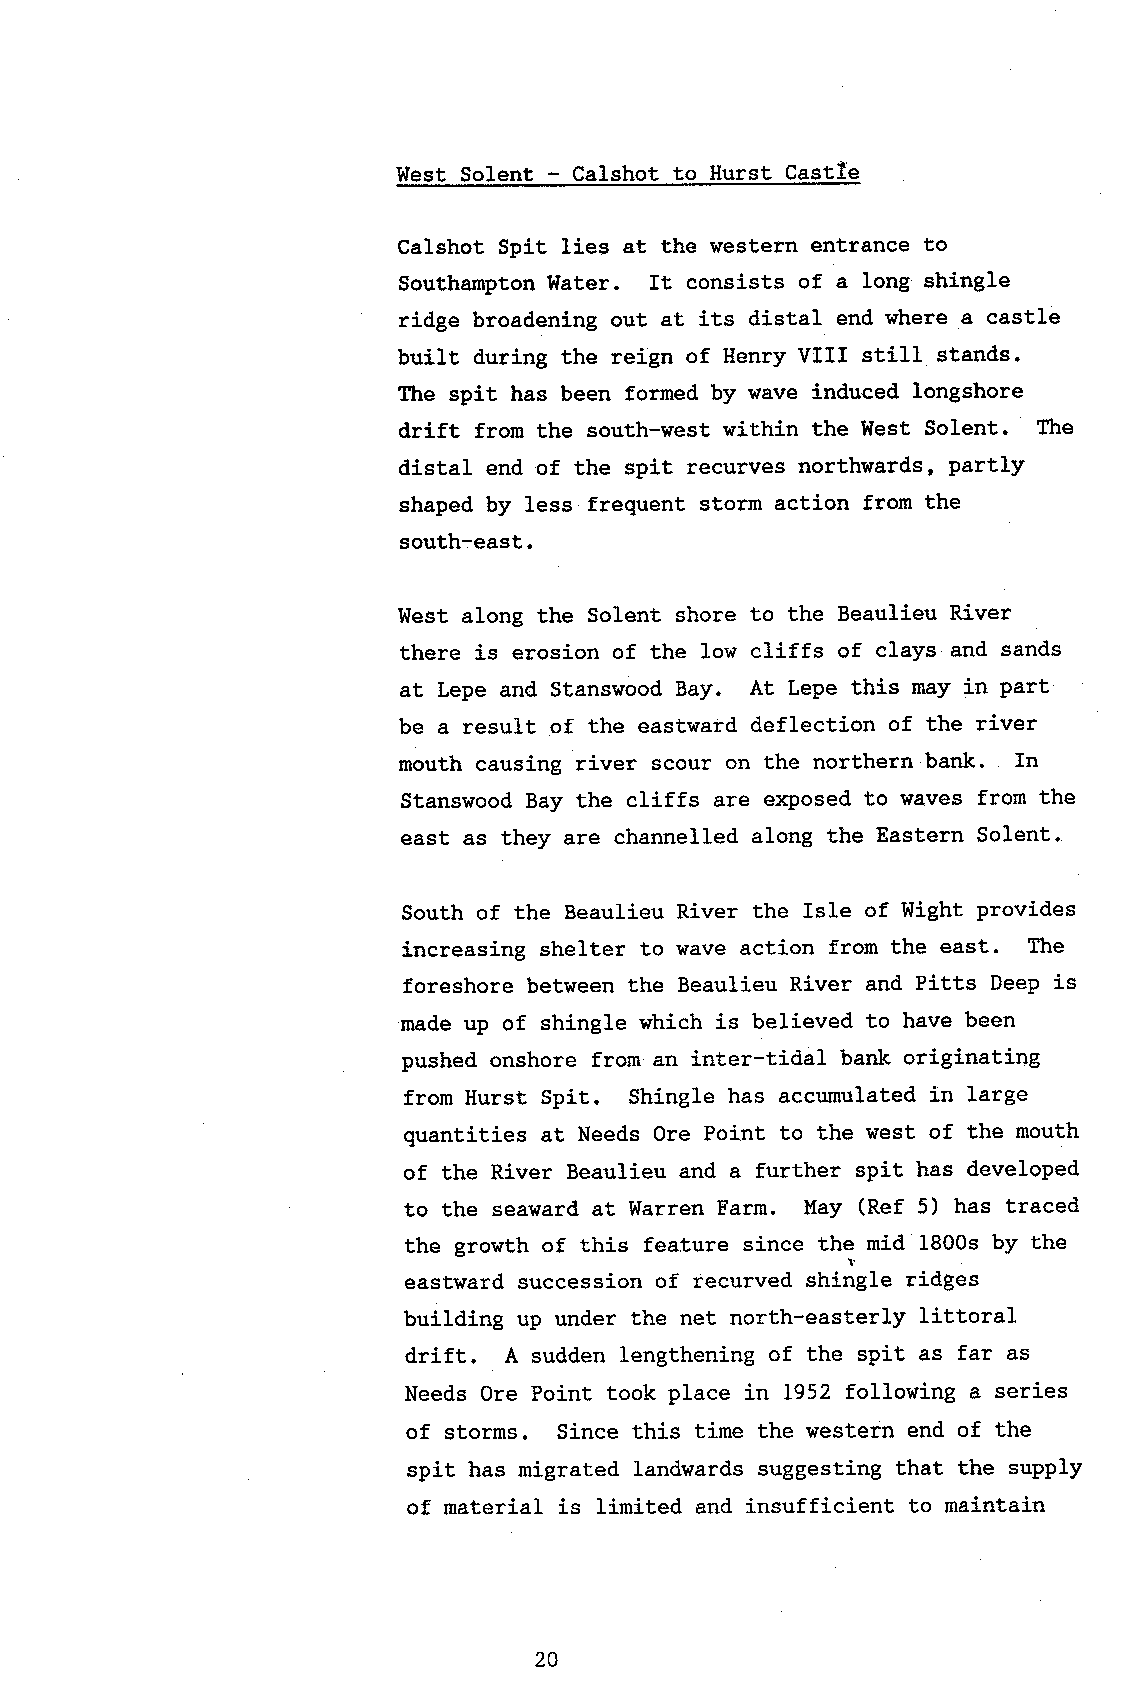
West So1ent - Calshot to Hurst Castfe
 Calshot Spit J.ies at the western entrance to
 Southampton llater. It consists of a long shingle
 ridge broadening out at its distal end where a castle
 built during the reign of Henry VIII still stands.
 Ttre spit has been formed by wave induced longshore
 drift from the south-west within the West Solent. Ttre
 distal end of the spit recurves northwards, partly
 shaped by less frequent storm action from the
 south-east.
 West along the Solent shore to the Beaulieu River
 there is erosion of the low cliffs of clays and sands
 at Lepe and Stanswood Bay. At Lepe this may in part
 be a result of the eastward deflection of the river
 mouth causing river scour on the northern bank. In
 Stanswood Bay the cliffs are exposed to \raves from the
 east as they are channelled along the Eastern Solent.
 South of the Beaulieu River the Isle of Wight provides
 i-ncreasing shelter to wave action from the east. The
 foreshore between the Beaulieu River and Pitts Deep is
 made up of shingle which is believed to have been
 pushed onshore from an inter-tidal bank originating
 from Hurst Spit. Shingle has accumulated in large
 quantities at Needs Ore Point. to the west of the mouth
 of the River Beaulieu and a further spit has developed
 to the seaward at Warren Farm. May (Ref 5) has traced
 the growth of this feature since the mid 1800s by the
 eastward succession of recurved shirlgle ridges
 building up under the net north-easterly littoral
 drift. A sudden lengthening of the spit as far as
 Needs Ore Point took place in 1952 following a series
 of storms. Since this time the western end of the
 spit has migrated landwards suggesting that the supply
 of material is limited and insufficient to maintain
 20